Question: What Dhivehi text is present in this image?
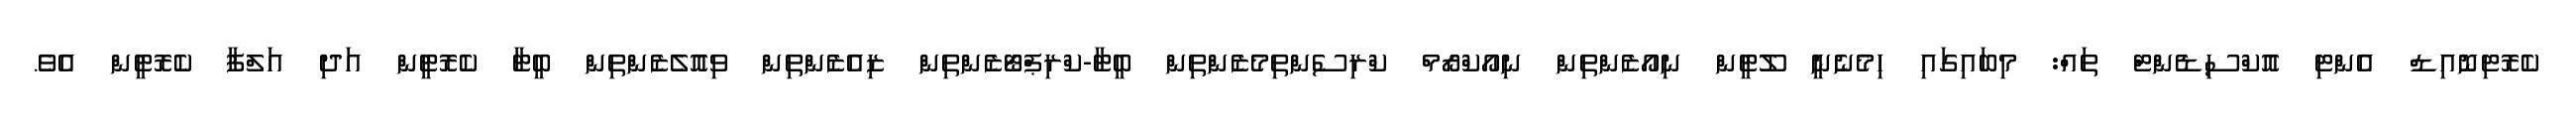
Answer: ކެރޮޓިނޮއިޑް އެންޓި އޮކްސިޑެންޓް ތައް: މިބައިގައި ހިމެނެނީ ލޫޓީން ނިއޯޒެންތިން ނިއޯކްރޯމް ކްރިސެންތިމެޒެންތިން ބީޓާ-ކްރިޕްޓޯޒެންތިން ޒިއެޒެންތިން ވިއޮލެޒެންތިން ބީޓާ ކެރޮޓީން އަދި އަލްފާ ކެރޮޓީން އެވެ.